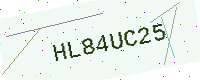
Text: HL84UC25